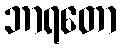
ဘာရတော